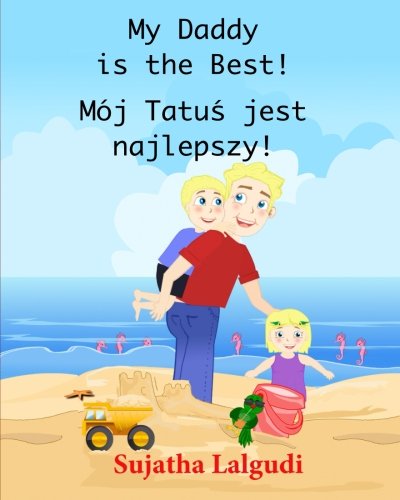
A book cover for Children's book in Polish: My Daddy is the best: Polish Kids book. (Polish Edition) Children's Polish book (Bilingual Edition) English Polish Picture ... Polish books for children) (Volume 7); Sujatha Lalgudi; Children's Books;